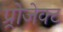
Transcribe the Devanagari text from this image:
प्र्रोजेक्ट